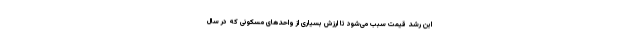
این رشد قیمت سبب می‌شود تا ارزش بسیاری از واحدهای مسکونی که در سال